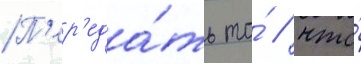
П'ер'еда́ть то́ / что́